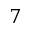
7